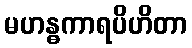
မဟန္ဓကာရပိဟိတာ